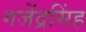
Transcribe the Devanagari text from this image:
गजेंद्रसिंह